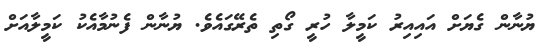
ޔުނާން ގެޔަށް އައިއިރު ކަމީލާ ހުރީ ގޯތި ތެރޭގައެވެ. ޔުނާން ފެނުމާއެކު ކަމީލާއަށް